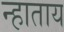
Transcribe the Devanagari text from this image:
न्हाताय